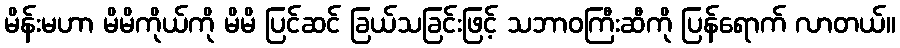
မိန်းမဟာ မိမိကိုယ်ကို မိမိ ပြင်ဆင် ခြယ်သခြင်းဖြင့် သဘာဝကြီးဆီကို ပြန်ရောက် လာတယ်။